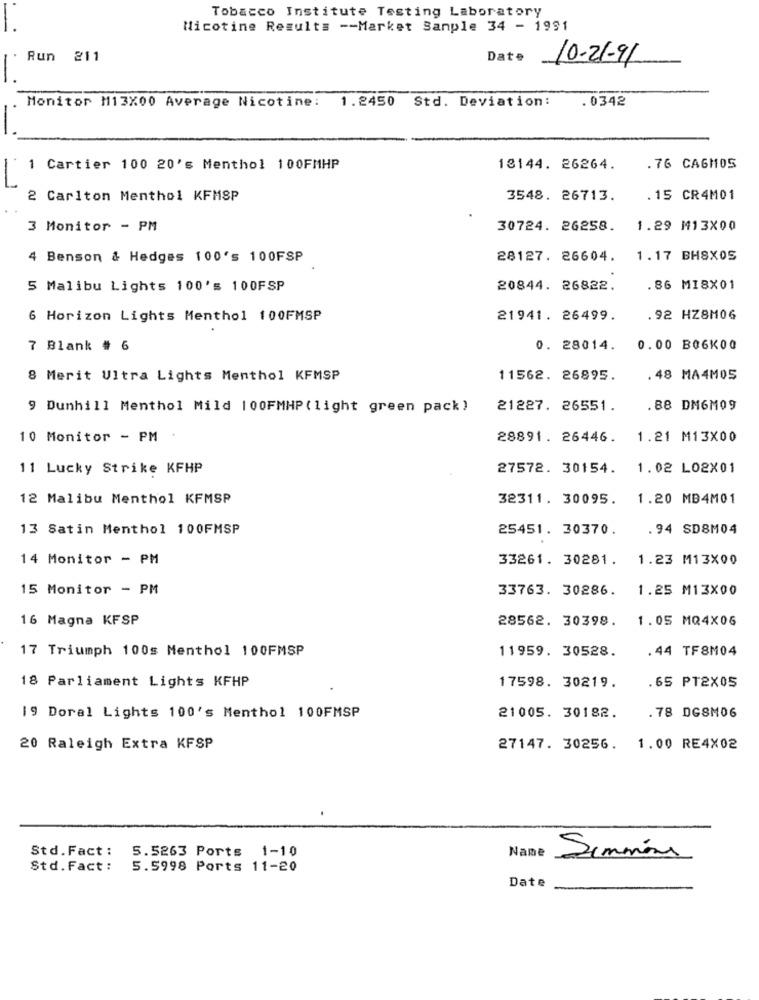
Tobacco Institute Testing Laboratory
Nicotine Results -- Market Sanple 34 - 1991
Run 211
Date
10-21-91
-
Monitor M13X00 Average Nicotine: 1.2450 Std. Deviation:
.0342
1 Cartier 100 20's Menthol 100FMHP
18144. 26264.
. 76 CAGMOS
2 Carlton Menthol KFMSP
3548. 26713.
. 15 CR4M01
3 Monitor - PM
30724. 26258.
1.29 M13X00
4 Benson & Hedges 100's 100FSP
28127. 26604.
1.17 BH8X05
5 Malibu Lights 100's 100FSP
20844. 26822.
. 86 MIBX01
6 Horizon Lights Menthol 100FMSP
21941. 26499.
.92 HZ8M06
7 Blank # 6
0. 28014.
0.00 B06K00
8 Merit Ultra Lights Menthol KFMSP
11562. 26895.
.48 MA4M05
9 Dunhill Menthol Mild 100FMHP(light green pack)
21227. 26551.
. 88 DM6M09
10 Monitor - PM .
28891. 26446.
1.21 M13X00
11 Lucky Strike KFHP
27572. 30154.
1.02 L02X01
12 Malibu Menthol KFMSP
32311. 30095.
1.20 MB4M01
13 Satin Menthol 100FMSP
25451. 30370.
.94 SD8M04
14 Monitor - PM
33261. 30281.
1.23 M13X00
15 Monitor - PM
33763. 30286.
1.25 M13X00
16 Magna KFSP
28562. 30398.
1.05 MQ4X06
17 Triumph 100s Menthol 100FMSP
11959. 30528.
.44 TF8M04
18 Parliament Lights KFHP
17598. 30219.
.65 PT2X05
.78 DGSM06
19 Doral Lights 100's Menthol 100FMSP
21005. 30182.
20 Raleigh Extra KFSP
27147. 30256. 1.00 RE4X02
Std.Fact :
Name
5.5263 Ports 1-10
Simmons
Std. Fact :
5.5998 Ports 11-20
Date